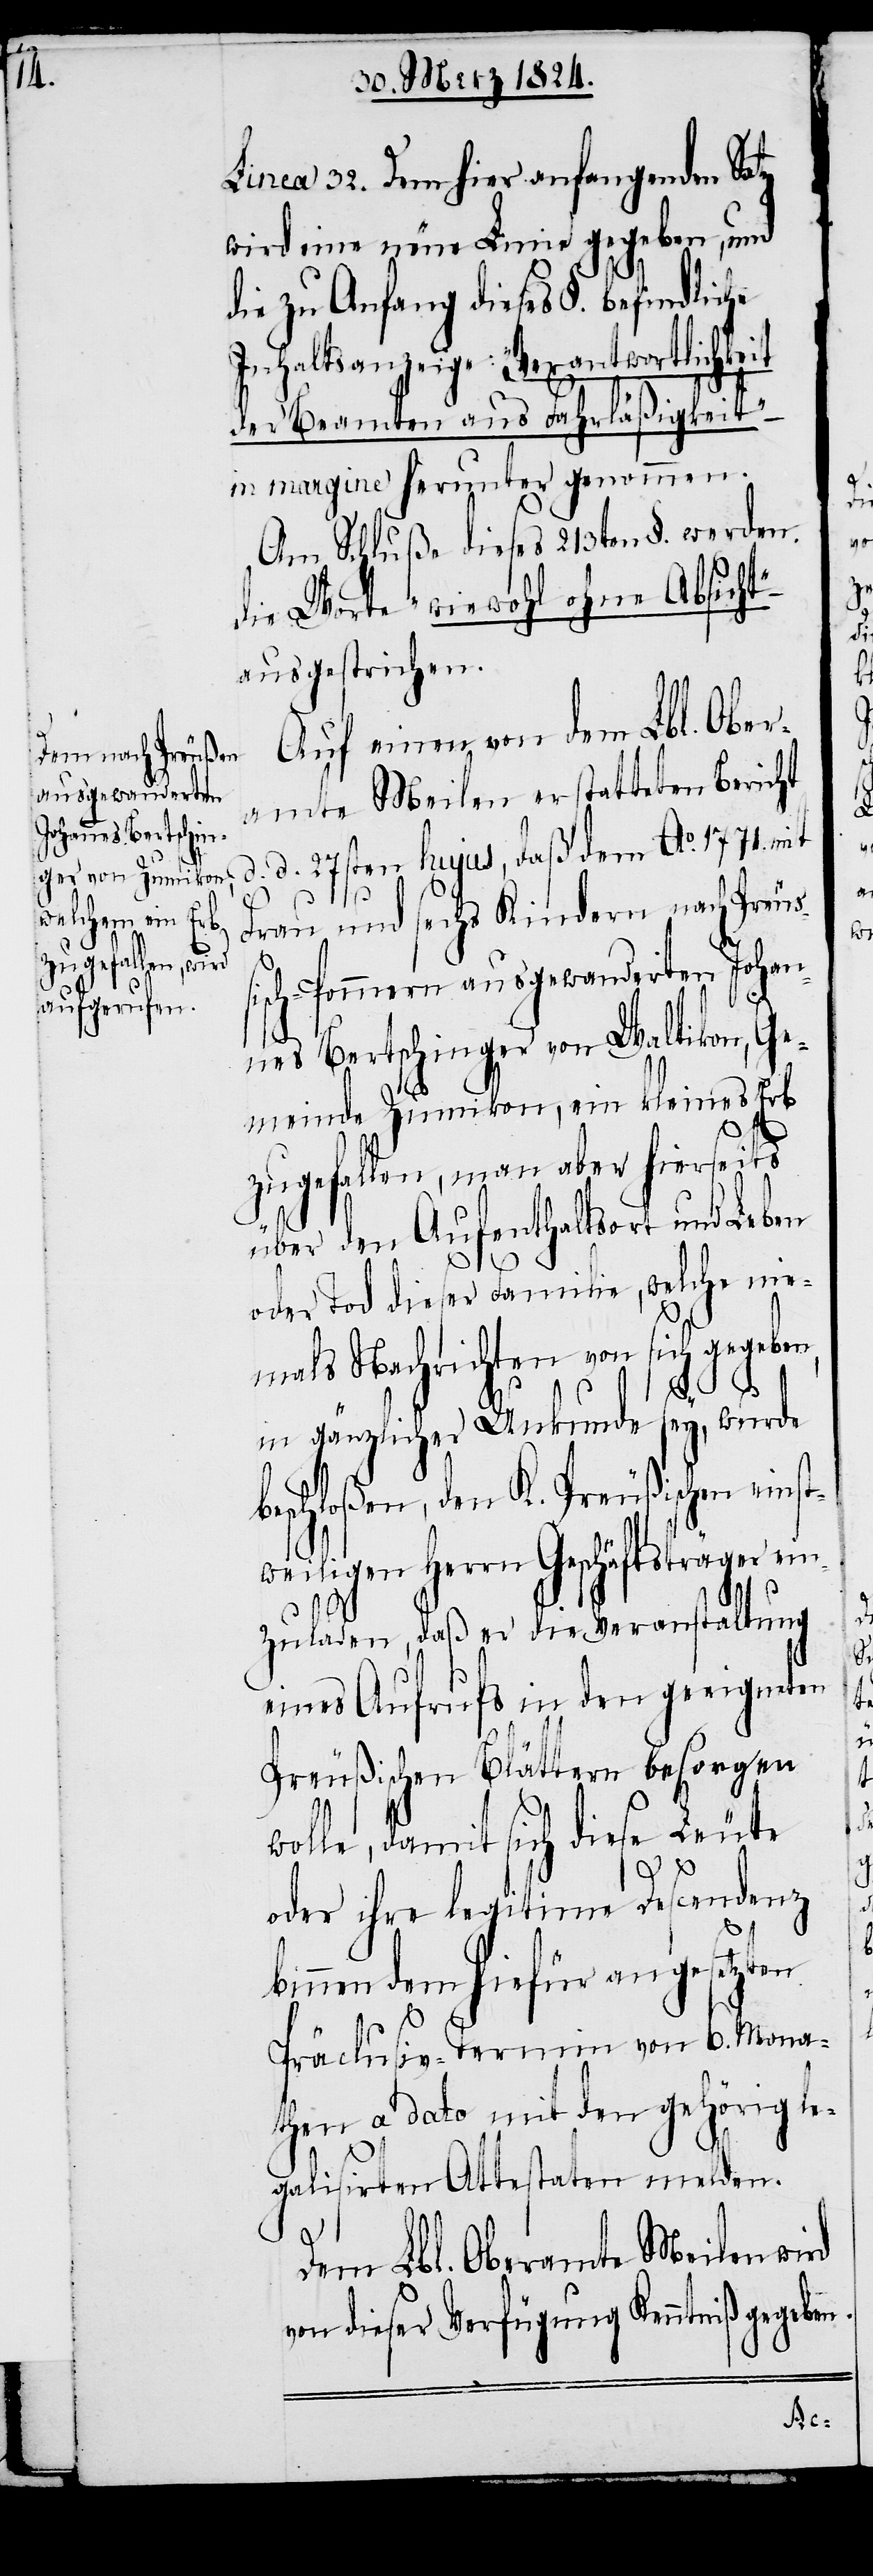
Linea 32. Dem hier anfangenden Satz
wird eine neue Linie gegeben, und
die zu Anfang dieses §. befindliche
Inhaltsanzeige: „Verantwortlichkeit
der Beamten aus Fahrläßigkeit“
in margine herunter genommen.
Am Schluße dieses 213ten §. werden
die Worte „wie wohl ohne Absicht“
ausgestrichen.
Auf einen von dem Lbl. Ober¬
amte Meilen erstatteten Bericht
d. d. 27sten hujus, daß dem Ao. 1771. mit
Frau und sechs Kindern nach Preu¬
sch-Pommern ausgewanderten Johan¬
nes Bertschinger von Waltikon, Ge¬
meinde Zumikon, ein kleines Erb
zugefallen, man aber hierseits
über den Aufenthaltsort und Leben
oder Tod dieser Familie, welche nie¬
mals Nachrichten von sich gegeben
in gänzlicher Unkunde sey, wurde
beschloßen, den K. Preußischen einst¬
ligen Herrn Geschäftsträger
zuladen, daß er die Veranstaltung
eines Aufrufs in den geeigneten
Preußischen Blättern besorgen
wolle, damit sich diese Leute
oder ihre legitime Descendenz
binnen dem hiefür angesetzten
Präclusiv-Termin von 6. Mona¬
then a dato mit den gehörig le¬
galisirten Attestaten melden.
Dem Lbl. Oberamte Meilen wird
von dieser Verfügung Kenntniß gegebe¬
n.